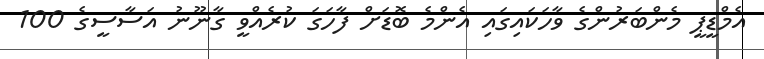
އެމްޑީޕީ މެންބަރުންގެ ވާހަކައިގައި އެންމެ ބޮޑަށް ފާހަގަ ކުރެއްވީ ގާނޫނު އަސާސީގެ 100